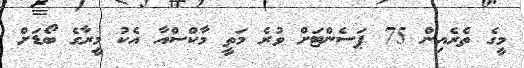
މީގެ ތެރެއިން 75 ޕަސެންޓަށް ވުރެ މަތީ މާކްސްއާ އެކު މީރާގެ ބޯޑަށް